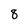
Character: 8